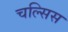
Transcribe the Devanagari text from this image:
चल्सिस